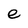
Character: e